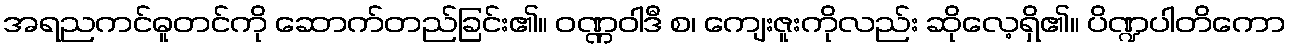
အရညကင်ဓူတင်ကို ဆောက်တည်ခြင်း၏။ ဝဏ္ဏဝါဒီ စ၊ ကျေးဇူးကိုလည်း ဆိုလေ့ရှိ၏။ ပိဏ္ဍပါတိကော